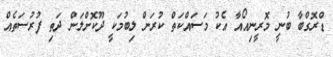
ޑްރޮގްބާ ބުނީ މޮރީނިއޯއާ އެކު މަސައްކަތް ކުރަން ލިބުމަކީ ދޫކޮށްލަން ދަތި ފުރުސަތެއް